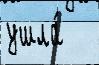
ушла́